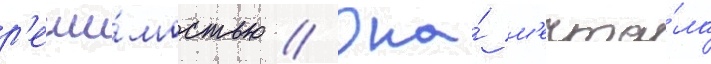
р'еши́мостью // Она́ м'ечта́ла